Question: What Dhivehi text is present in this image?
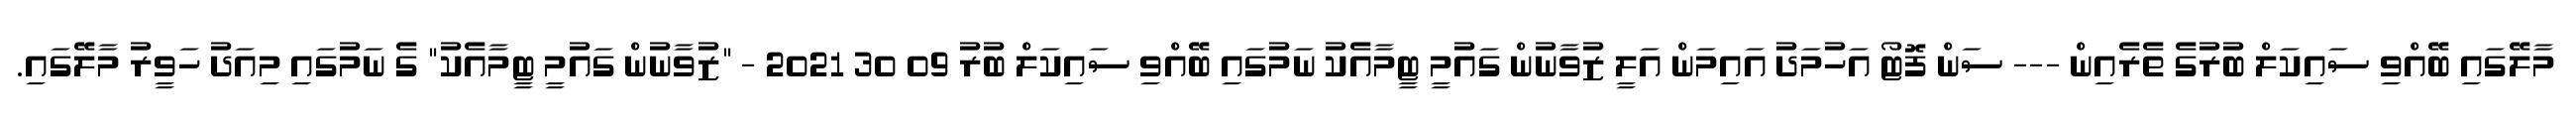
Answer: މާލޭގައި ބޭއްވި ސައިކަލް ބުރުގެ ތެރެއިން --- ސަން ފޮޓޯ އަހުމަދު އައިމަން އަލީ ޒުވާނުން ގައުމީ ޓީމާއެކު ނަމުގައި ބޭއްވި ސައިކަލް ބުރު 09 30 2021 - "ޒުވާނުން ގައުމީ ޓީމާއެކު" ގެ ނަމުގައި މިއަދު ހަވީރު މާލޭގައި.